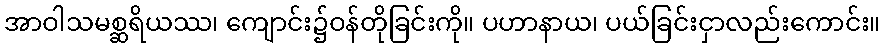
အာဝါသမစ္ဆရိယဿ၊ ကျောင်း၌ဝန်တိုခြင်းကို။ ပဟာနာယ၊ ပယ်ခြင်းငှာလည်းကောင်း။